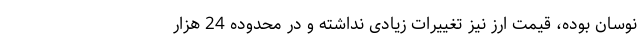
نوسان بوده، قیمت ارز نیز تغییرات زیادی نداشته و در محدوده 24 هزار